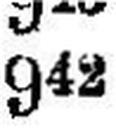
942